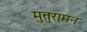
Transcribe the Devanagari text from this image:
मुत्तुरामन